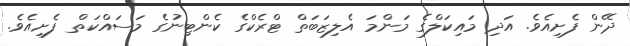
ދޭން ފެށިއެވެ. އަދި މައިކަލްގެ މަންމަ އެލިޒަބަތް ޓްރެކްގެ ކެންޓިނުގެ މަސައްކަތް ފެށިއެވެ.